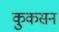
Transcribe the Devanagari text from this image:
कुकसन